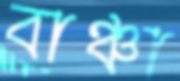
বাঞ্চা